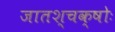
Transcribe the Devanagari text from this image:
जातश्चक्षोः